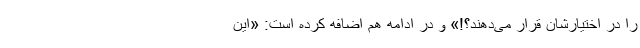
را در اختیارشان قرار می‌دهند؟!» و در ادامه هم اضافه کرده است: «این